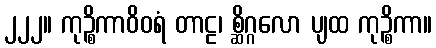
၂၂၂။ ကုဉ္စိကာဝိဝရံ တာဠ၊ စ္ဆိဂ္ဂလော ပျထ ကုဉ္စိကာ။